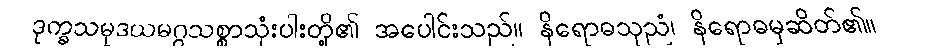
ဒုက္ခသမုဒယမဂ္ဂသစ္စာသုံးပါးတို့၏ အပေါင်းသည်။ နိရောဓသုညံ၊ နိရောဓမှဆိတ်၏။